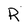
Character: R